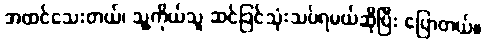
အထင်သေးတယ်၊ သူ့ကိုယ်သူ ဆင်ခြင်သုံးသပ်ရမယ်ဆိုပြီး ပြောတယ်။